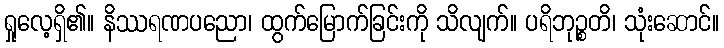
ရှုလေ့ရှိ၏။ နိဿရဏပညော၊ ထွက်မြောက်ခြင်းကို သိလျက်။ ပရိဘုဉ္စတိ၊ သုံးဆောင်။